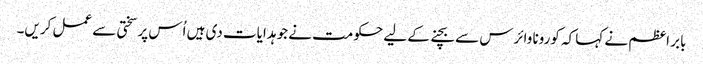
بابر اعظم نے کہا کہ کورونا وائرس سے بچنے کے لیے حکومت نے جو ہدایات دی ہیں اُس پر سختی سے عمل کریں۔